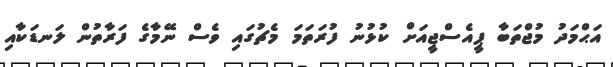
އަޙްމަދު މުޖްތަބާ ޕީއެސްޖީއަށް ކުޅުނު ފުރަތަމަ މެޗުގައި ވެސް ނޭމާގެ ފަރާތުން ލަނޑަކާއި